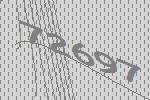
72697